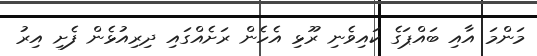
މަންމަ އާއި ބައްޕަގެ ކައިވެނި ރޫޅި އެހެން ރަށެއްގައި ދިރިއުޅެން ފެށި އިރު